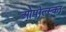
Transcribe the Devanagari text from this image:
ओपोल्स्का